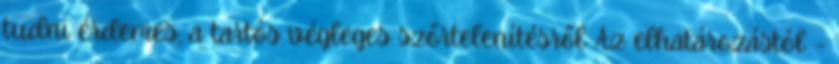
tudni érdemes, a tartós végleges szőrtelenítésről Az elhatározástól –